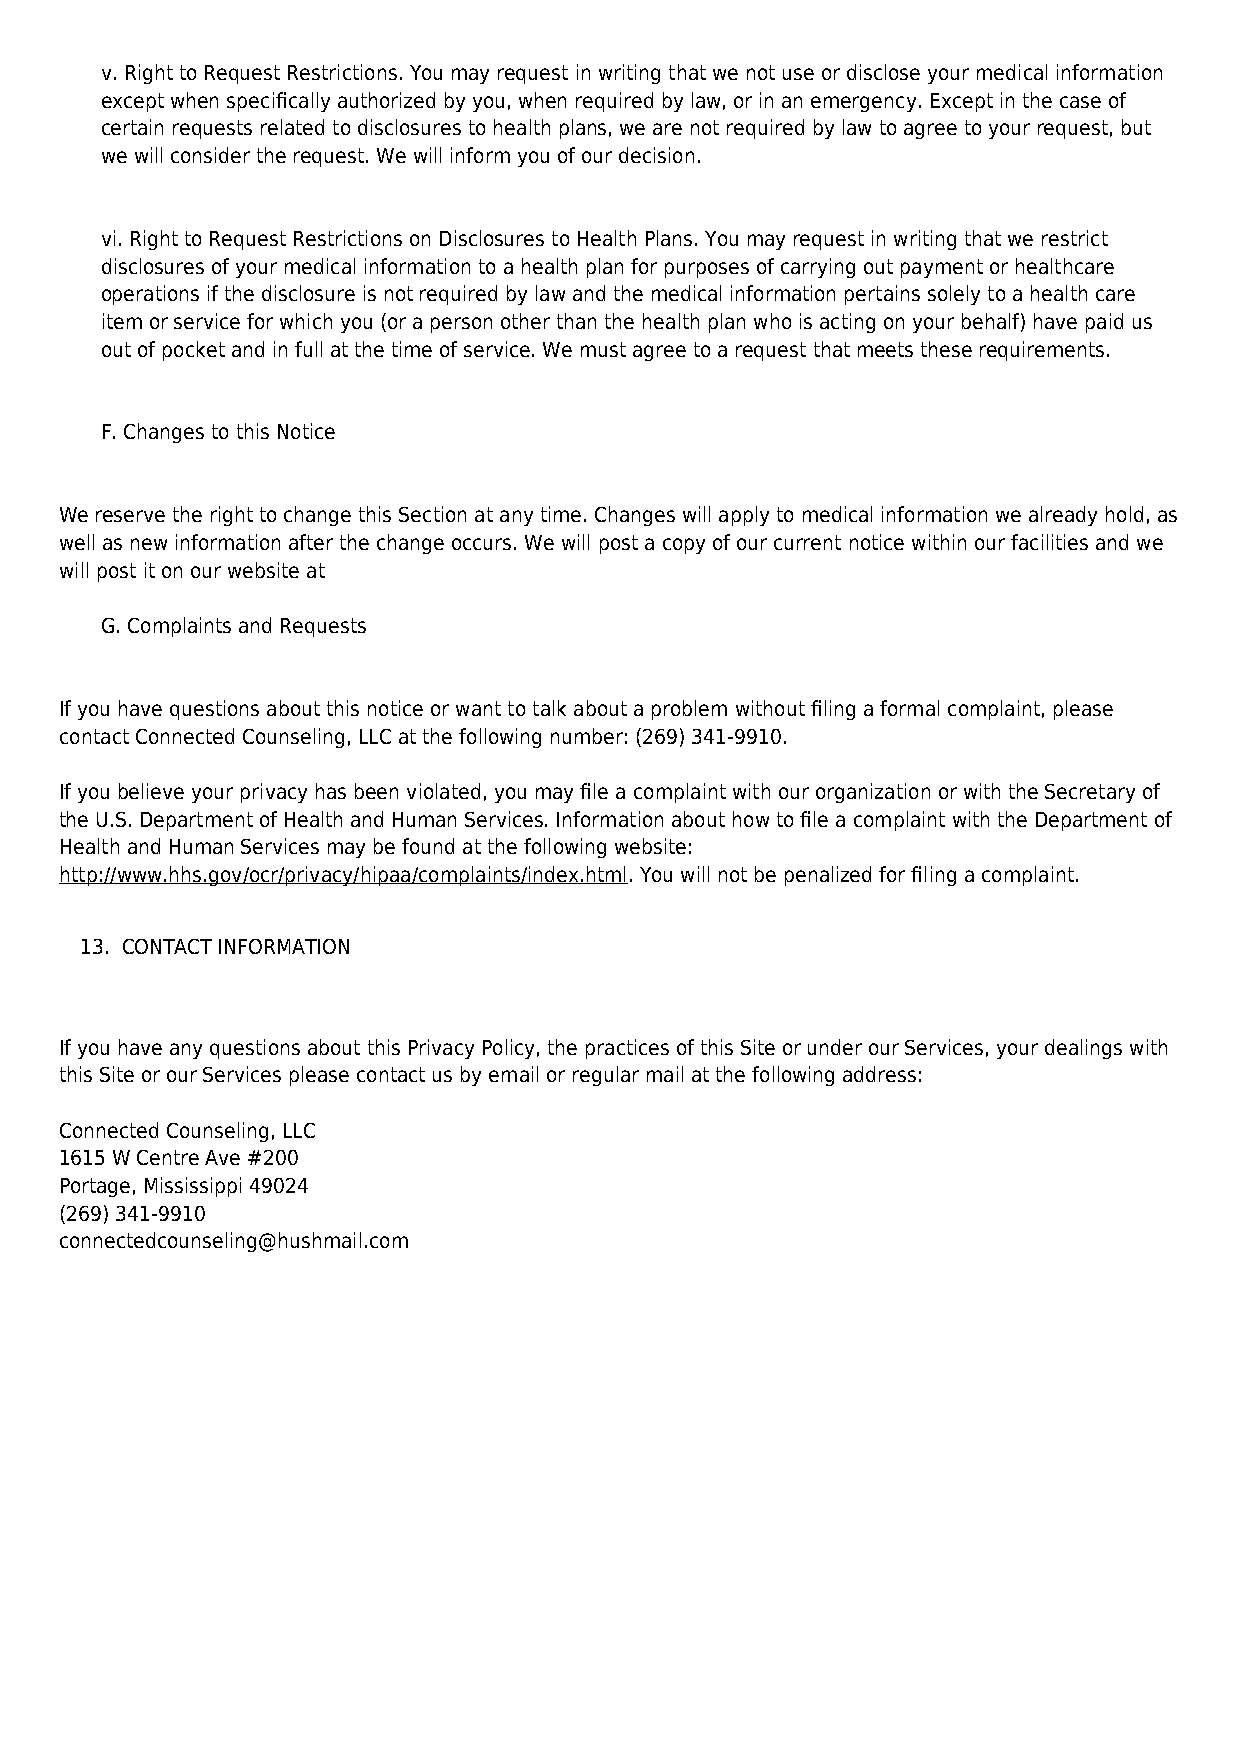
v. Right to Request Restrictions. You may request in writing that we not use or disclose your medical information
 except when specifically authorized by you, when required by law, or in an emergency. Except in the case of
 certain requests related to disclosures to health plans, we are not required by law to agree to your request, but
 we will consider the request. We will inform you of our decision.
 vi. Right to Request Restrictions on Disclosures to Health Plans. You may request in writing that we restrict
 disclosures of your medical information to a health plan for purposes of carrying out payment or healthcare
 operations if the disclosure is not required by law and the medical information pertains solely to a health care
 item or service for which you (or a person other than the health plan who is acting on your behalf) have paid us
 out of pocket and in full at the time of service. We must agree to a request that meets these requirements.
 F. Changes to this Notice
 We reserve the right to change this Section at any time. Changes will apply to medical information we already hold, as
 well as new information after the change occurs. We will post a copy of our current notice within our facilities and we
 will post it on our website at
 G. Complaints and Requests
 If you have questions about this notice or want to talk about a problem without filing a formal complaint, please
 contact Connected Counseling, LLC at the following number: (269) 341-9910.
 If you believe your privacy has been violated, you may file a complaint with our organization or with the Secretary of
 the U.S. Department of Health and Human Services. Information about how to file a complaint with the Department of
 Health and Human Services may be found at the following website:
 http://www.hhs.gov/ocr/privacy/hipaa/complaints/index.html. You will not be penalized for filing a complaint.
 13. CONTACT INFORMATION
 If you have any questions about this Privacy Policy, the practices of this Site or under our Services, your dealings with
 this Site or our Services please contact us by email or regular mail at the following address:
 Connected Counseling, LLC
 1615 W Centre Ave #200
 Portage, Mississippi 49024
 (269) 341-9910
 connectedcounseling@hushmail.com